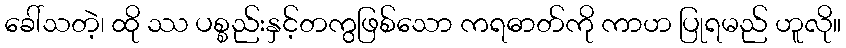
ခေါ်သတဲ့၊ ထို ဿ ပစ္စည်းနှင့်တကွဖြစ်သော ကရဓာတ်ကို ကာဟ ပြုရမည် ဟူလို။